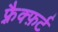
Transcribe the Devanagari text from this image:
फ़्रैक्फ़र्ट